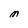
Character: M